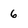
Character: 6